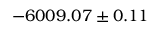
- 6 0 0 9 . 0 7 \pm 0 . 1 1 \hphantom { 0 }